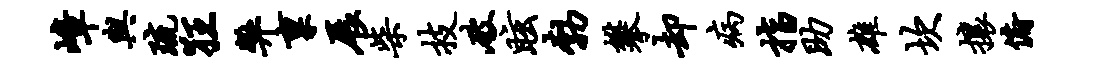
嶂与琉狂弊禀展柴技破眩勃攀却病指助雄坎攘俯